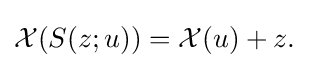
{\mathcal {X}}(S(z;u))={\mathcal {X}}(u)+z.\